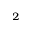
_ { 2 }